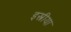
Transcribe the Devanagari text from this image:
इस्त्रीया